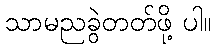
သာမညခွဲတတ်ဖို့ ပါ။